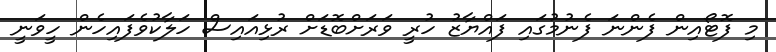
މި ފޮޓޯއިން ފެންނަ ފެނުމުގައި ފައްޔާޒު ހުރީ ވަރަށްބޮޑަށް ރުޅިއައިސް ހަލާކުވެފައިހެން ހީވަނީ